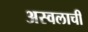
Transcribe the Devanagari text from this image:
अस्वलाची